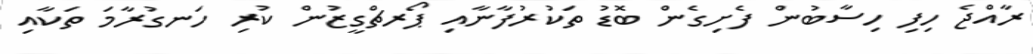
ރާއްޖެ ހިފި ހިސާބުން ފެށިގެން ބޮޑު ތަކުރުފާނާއި ޕޯރޗްގީޒުން ކުރި ހަނގުރާމަ ތަކާއި